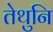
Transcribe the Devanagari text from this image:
तेथुनि